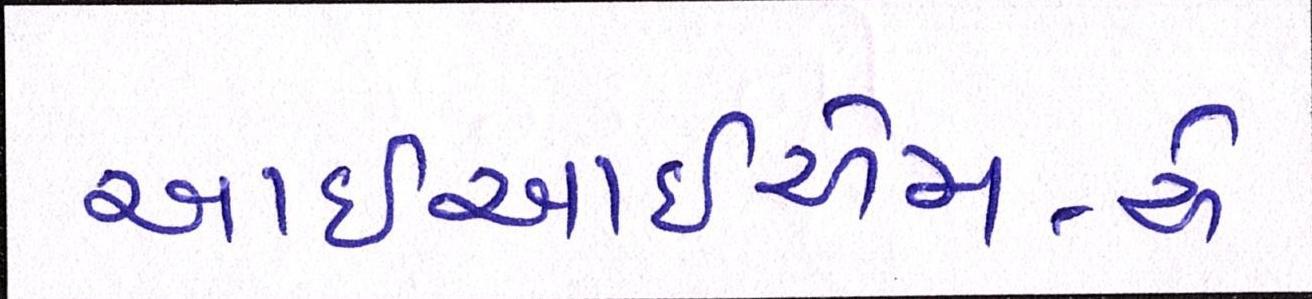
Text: આઇઆઇએમ-એ